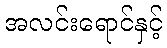
အလင်းရောင်နှင့်